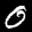
Label: 0